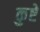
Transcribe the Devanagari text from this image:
कुष्टे